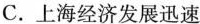
C.上海经济发展迅速